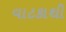
વાટકાથી